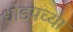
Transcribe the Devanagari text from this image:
धोडपच्या